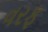
વરફ